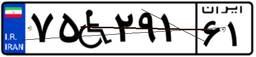
۷۵W۲۹۱۶۱